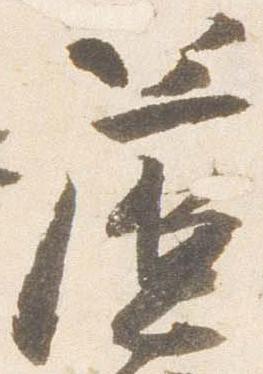
簾